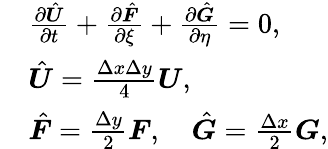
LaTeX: \begin{array}{rl}&{\frac{\partial\hat{\boldsymbol{U}}}{\partial t}+\frac{\partial\hat{\boldsymbol{F}}}{\partial\xi}+\frac{\partial\hat{\boldsymbol{G}}}{\partial\eta}=0,}\\ &{\hat{\boldsymbol{U}}=\frac{\Delta x\Delta y}{4}\boldsymbol{U},}\\ &{\hat{\boldsymbol{F}}=\frac{\Delta y}{2}\boldsymbol{F},\quad\hat{\boldsymbol{G}}=\frac{\Delta x}{2}\boldsymbol{G},}\end{array}